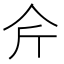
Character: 𱎥